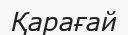
Қарағай